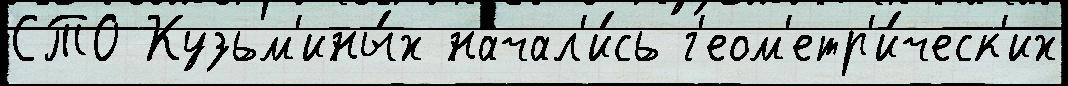
СТО Кузьм'ины́х начал'и́сь г'еом'етр'и́ческ'их